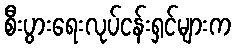
စီးပွားရေးလုပ်ငန်းရှင်များက